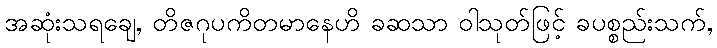
အဆုံးသရချေ, တိဇဂုပကိတမာနေဟိ ခဆသာ ဝါသုတ်ဖြင့် ခပစ္စည်းသက်,